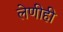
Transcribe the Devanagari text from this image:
लेणीही